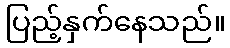
ပြည့်နှက်နေသည်။